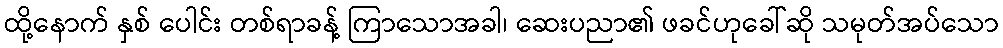
ထို့နောက် နှစ် ပေါင်း တစ်ရာခန့် ကြာသောအခါ၊ ဆေးပညာ၏ ဖခင်ဟုခေါ်ဆို သမုတ်အပ်သော